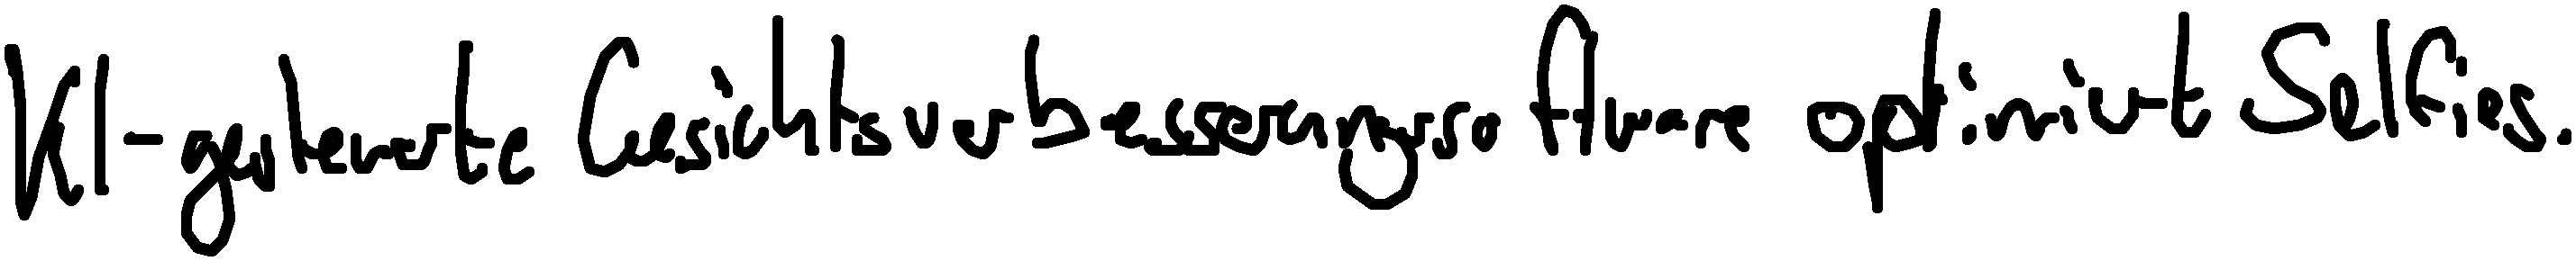
KI-gesteuerte Gesichtsverbesserungssoftware optimiert Selfies.